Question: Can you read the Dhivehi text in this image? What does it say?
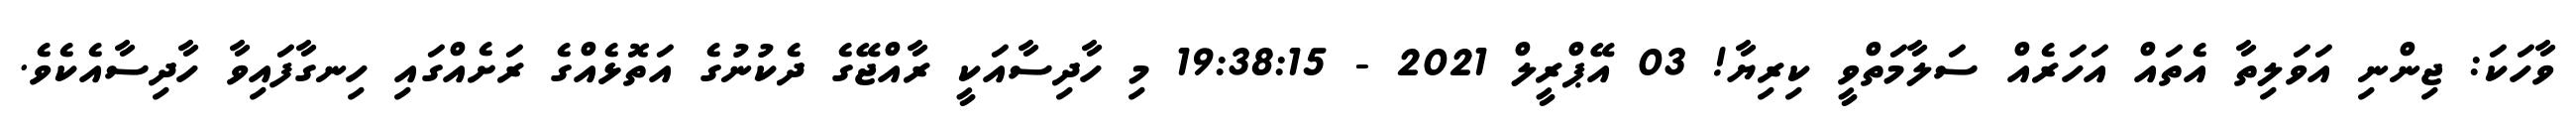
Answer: ވާހަކަ: ޖިންނި އަވަލިތާ އެތައް އަހަރެއް ސަލާމަތްވީ ކިރިޔާ! 03 އޭޕްރީލް 2021 - 19:38:15 މި ހާދިސާއަކީ ރާއްޖޭގެ ދެކުނުގެ އަތޮޅެއްގެ ރަށެއްގައި ހިނގާފައިވާ ހާދިސާއެކެވެ.